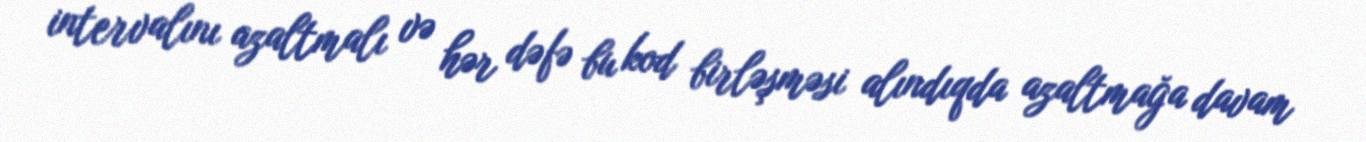
intervalını azaltmalı və hər dəfə bu kod birləşməsi alındıqda azaltmağa davam